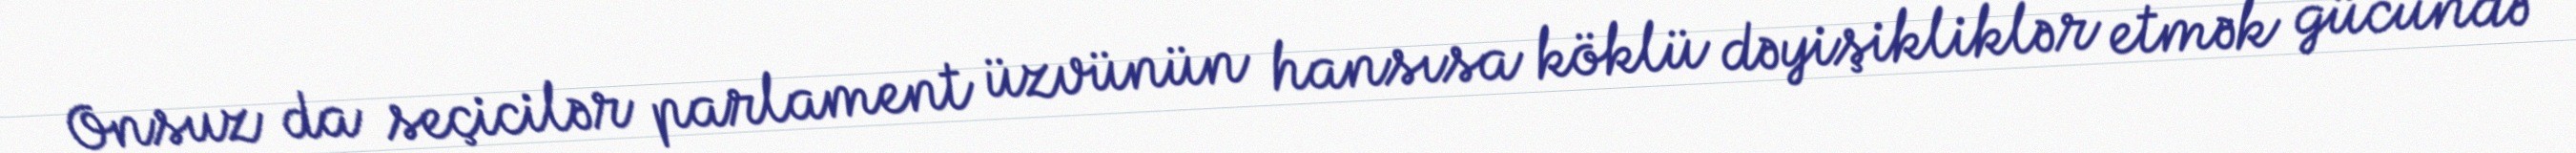
Onsuz da seçicilər parlament üzvünün hansısa köklü dəyişikliklər etmək gücündə